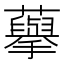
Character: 𮒾